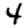
Digit: 4